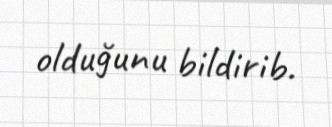
olduğunu bildirib.